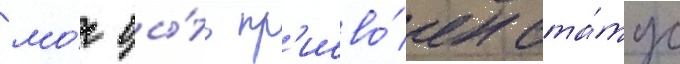
мо́г бы́ть пр'исво́ен ста́тус